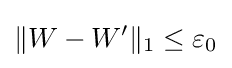
\lVert W-W'\rVert _{1}\leq \varepsilon _{0}